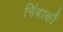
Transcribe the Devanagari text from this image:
निंबार्कौ